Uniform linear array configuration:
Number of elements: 24
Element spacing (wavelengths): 0.75
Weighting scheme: kaiser
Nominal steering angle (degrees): -60
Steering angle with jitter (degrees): -61.65
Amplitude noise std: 0.05
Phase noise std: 0.05

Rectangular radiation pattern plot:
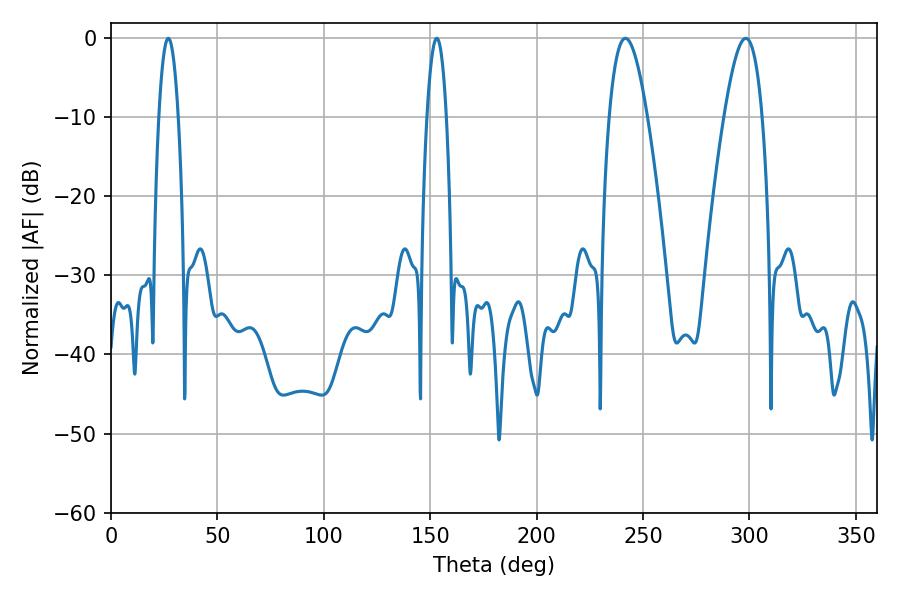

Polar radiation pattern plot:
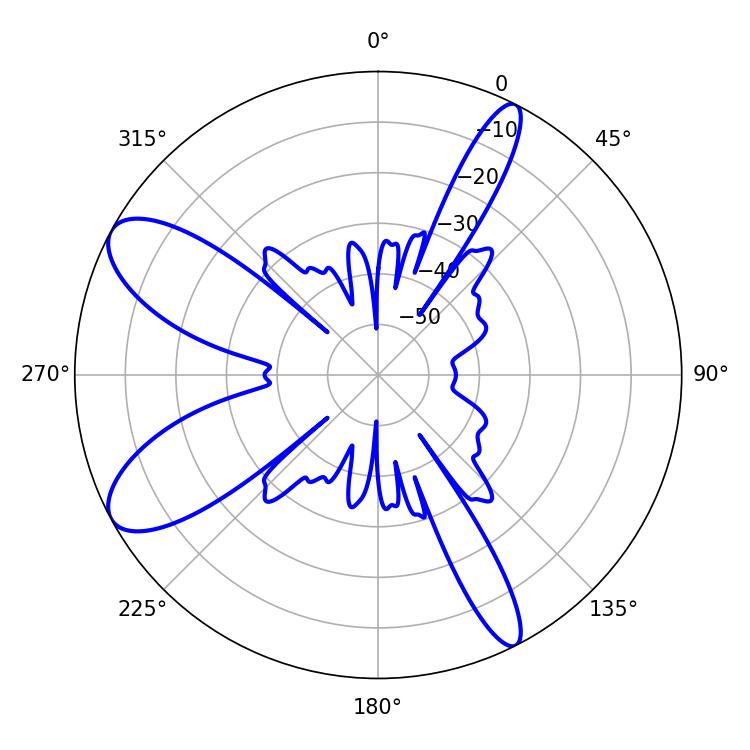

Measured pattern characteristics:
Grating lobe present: TRUE
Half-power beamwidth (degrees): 9.72
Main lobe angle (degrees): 241.74